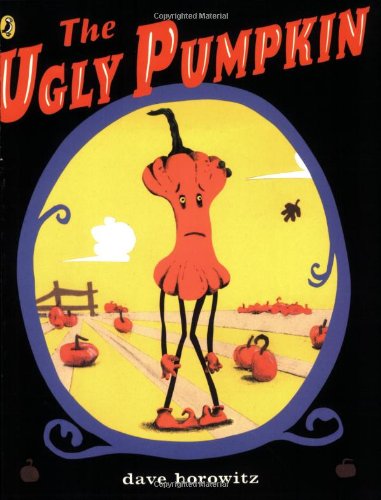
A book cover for The Ugly Pumpkin; Dave Horowitz; Children's Books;